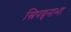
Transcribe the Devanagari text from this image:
स्रिपद्पनाभा